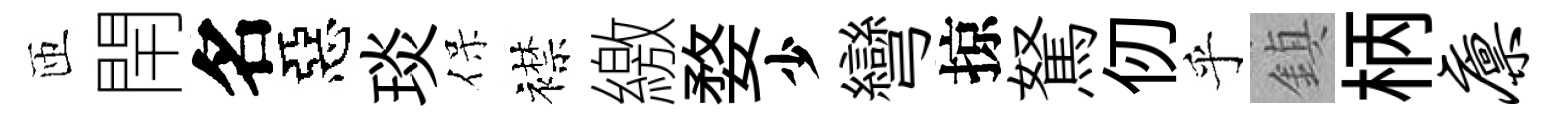
匝閈名惡琰保襟繳婺少彎掠駑仞乎鎮柄廪